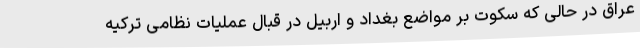
عراق در حالی که سکوت بر مواضع بغداد و اربیل در قبال عملیات نظامی ترکیه